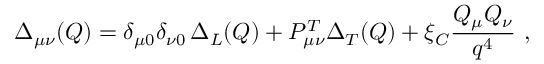
\Delta _ { \mu \nu } ( Q ) = \delta _ { \mu 0 } \delta _ { \nu 0 } \, \Delta _ { L } ( Q ) + { \cal P } _ { \mu \nu } ^ { T } \Delta _ { T } ( Q ) + \xi _ { C } \frac { Q _ { \mu } Q _ { \nu } } { q ^ { 4 } } \ ,